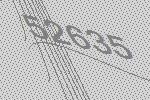
52635